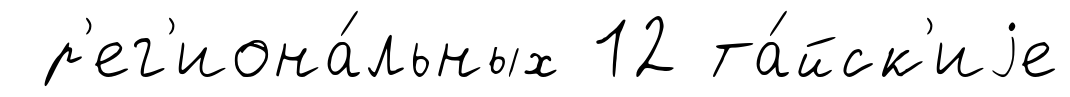
р'ег'иона́льных 12 та́йск'иjе